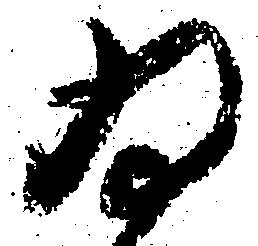
為